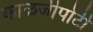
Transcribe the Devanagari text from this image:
काळजीपोटी